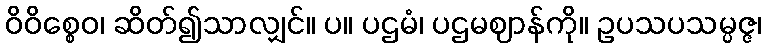
ဝိဝိစ္စေဝ၊ ဆိတ်၍သာလျှင်။ ပ။ ပဌမံ၊ ပဌမဈာန်ကို။ ဥပသပသမ္ပဇ္ဇ၊